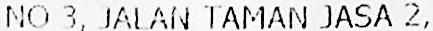
NO 3, JALAN TAMAN JASA 2,